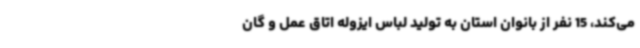
می‌کند، 15 نفر از بانوان استان به تولید لباس ایزوله اتاق عمل و گان